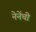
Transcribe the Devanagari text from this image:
नेनेंची